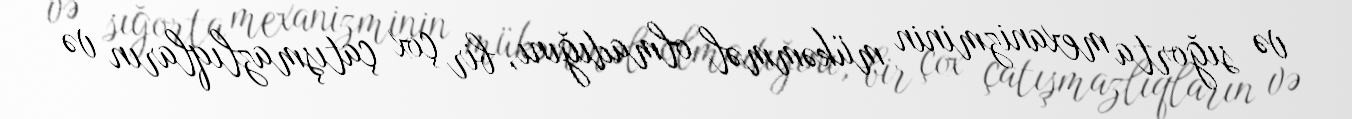
və sığorta mexanizminin mükəmməl olmadığını, bir çox çatışmazlıqların və